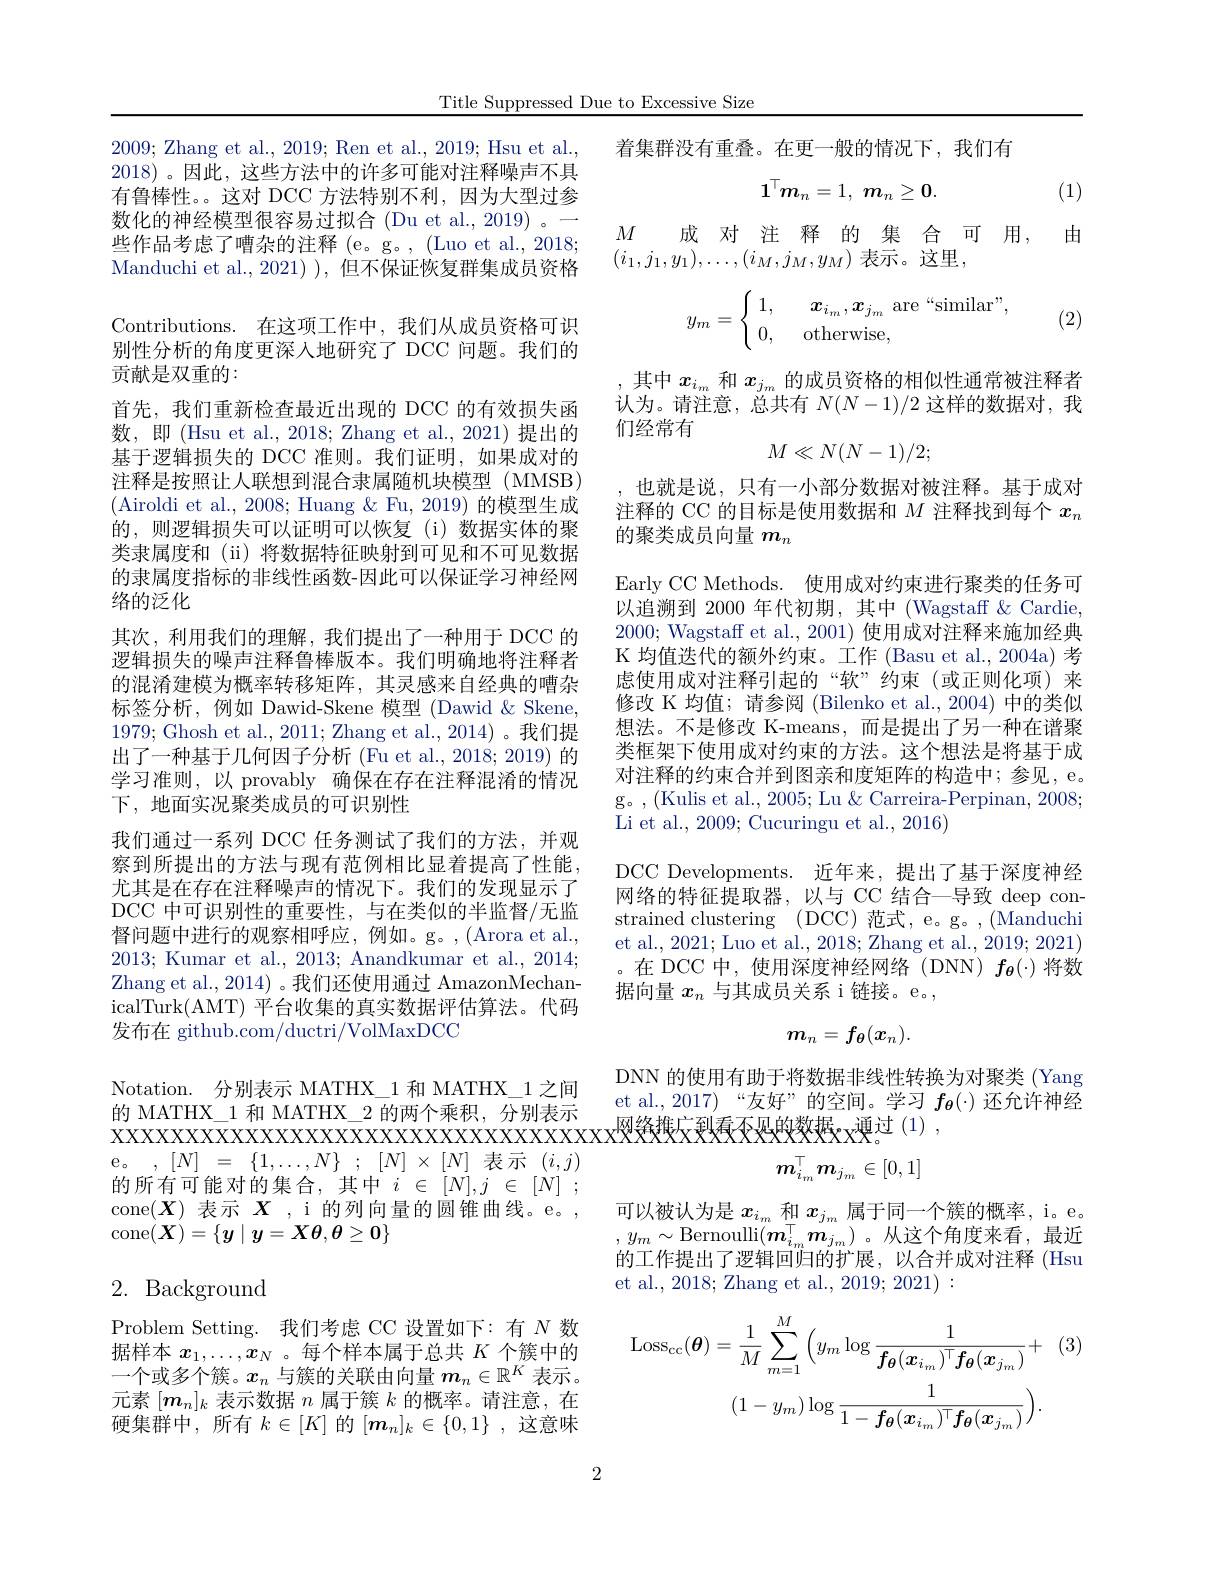
Title Suppressed Due to Excessive Size

2009; Zhang et al., 2019; Ren et al., 2019; Hsu et al., 2018)。因此，这些方法中的许多可能对注释噪声不具有鲁棒性。。这对 DCC 方法特别不利，因为大型过参数化的神经模型很容易过拟合(Du et al., 2019)。一些作品考虑了嘈杂的注释(e。g。,(Luo et al., 2018; Manduchi et al.,2021) ), 但不保证恢复群集成员资格Contributions.在这项工作中，我们从成员资格可识别性分析的角度更深入地研究了 DCC 问题。我们的贡献是双重的：
首先，我们重新检查最近出现的 DCC 的有效损失函数，即(Hsu et al., 2018; Zhang et al., 2021)提出的基于逻辑损失的 DCC 准则。我们证明，如果成对的注释是按照让人联想到混合隶属随机块模型 (MMSB) (Airoldi et al., 2008; Huang & Fu, 2019) 的模型生成的，则逻辑损失可以证明可以恢复(i)数据实体的聚类隶属度和(ii)将数据特征映射到可见和不可见数据的隶属度指标的非线性函数-因此可以保证学习神经网络的泛化
其次，利用我们的理解，我们提出了一种用于 DCC 的逻辑损失的噪声注释鲁棒版本。我们明确地将注释者的混淆建模为概率转移矩阵，其灵感来自经典的嘈杂标签分析，例如 Dawid-Skene 模型 (Dawid & Skene, 1979; Ghosh et al., 2011; Zhang et al., 2014)。我们提出了一种基于几何因子分析 (Fu et al., 2018; 2019) 的学习准则，以 provably 确保在存在注释混淆的情况下，地面实况聚类成员的可识别性
我们通过一系列 DCC 任务测试了我们的方法，并观察到所提出的方法与现有范例相比显着提高了性能， 尤其是在存在注释噪声的情况下。我们的发现显示了DCC 中可识别性的重要性，与在类似的半监督/无监督问题中进行的观察相呼应，例如。g。,(Arora et al., 2013; Kumar et al., 2013; Anandkumar et al., 2014; Zhang et al. , 2014)。我们还使用通过 AmazonMechanicalTurk(AMT) 平台收集的真实数据评估算法。代码发布在 github.com/ductri/VolMaxDCC
Notation. 分别表示 MATHX\_1 和 MATHX\_1 之间的 MATHX\_1 和 MATHX\_2 的两个乘积，分别表示$x\times x\times x\times x\times x\times x\times x\times x\times x\times x\times x$
e。$, [ N]$ = $\{ 1, \ldots , N\}$ ; $[ N] \times [ N]$表示 $( i, j)$ 的所有可能对的集合，其中$i\in[N],j\in[N];$ cone$(\boldsymbol X)$表示$\boldsymbol X$ ,i 的列向量的圆锥曲线。e。, cone$(\boldsymbol X)=\{y\mid\boldsymbol y=\boldsymbol X\theta,\boldsymbol{\theta}\geq\boldsymbol{0}\}$

# 2. Background

Problem Setting. 我们考虑 CC 设置如下：有$N$数据样本$x_1,\ldots,x_N$ 。每个样本属于总共$K$个簇中的一个或多个簇。$x_n$与簇的关联由向量$m_n\in\mathbb{R}^K$表示。元素$[m_n]_k$表示数据$n$属于簇$k$的概率。请注意，在硬集群中，所有$k\in[K]$的$[\boldsymbol{m}_n]_k\in\{0,1\}$,这意味

着集群没有重叠。在更一般的情况下，我们有
$$1^\top m_n=1,\:m_n\geq0.$$
(1)

$M$

由

成 对 注 释 的 集 合 可 用，
$(i_1,j_1,y_1),\ldots,(i_M,j_M,y_M)$ 表示。这里，
$$y_m=\begin{cases}\:1,\quad\boldsymbol{x}_{i_m},\boldsymbol{x}_{j_m}\:\text{are“similar”,}\\\:0,\quad\text{otherwise,}\end{cases}$$
(2)

,其中$x_{i_m}$和$x_{j_m}$的成员资格的相似性通常被注释者认为。请注意，总共有$N(N-1)/2$这样的数据对，我们经常有
$$M\ll N(N-1)/2;$$
也就是说，只有一小部分数据对被注释。基于成对注释的 CC 的目标是使用数据和$M$注释找到每个$x_n$ 的聚类成员向量$m_n$

Early CC Methods. 使用成对约束进行聚类的任务可以追溯到 2000 年代初期，其中 (Wagstaff $\&$ Cardie, 2000; Wagstaff et al., 2001) 使用成对注释来施加经典K 均值迭代的额外约束。工作 (Basu et al., 2004a) 考虑使用成对注释引起的“软”约束(或正则化项)来修改 K 均值；请参阅 (Bilenko et al., 2004) 中的类似想法。不是修改 K-means,而是提出了另一种在谱聚类框架下使用成对约束的方法。这个想法是将基于成对注释的约束合并到图亲和度矩阵的构造中；参见，e。g。, (Kulis et al., 2005; Lu & Carreira-Perpinan, 2008; Li et al., 2009; Cucuringu et al., 2016)
DCC Developments. 近年来，提出了基于深度神经$\hat{\text{网络的特征提取器，以与 CC 结合一导致 deep con-}}$ strained clustering (DCC) 范式，e。g。,(Manduch et al., 2021; Luo et al., 2018; Zhang et al., 2019; 2021) 。在 DCC 中，使用深度神经网络(DNN) $f_{\boldsymbol{\theta}}(\cdot)$将数据向量$x_n$与其成员关系 i 链接。e。,
$$m_n=f_\theta(x_n).$$
DNN 的使用有助于将数据非线性转换为对聚类 (Yang et al.,2017)“友好”的空间。学习$f_{\theta}(\cdot)$还允许神经网络推广到看不见的数据，通过 (1) ,
$$m_{i_m}^\top m_{j_m}\in[0,1]$$
可以被认为是$x_{i_m}$和$x_{j_m}$属于同一个簇的概率，i。e。$,y_{m}\sim$Bernoulli$(\boldsymbol m_{i_{m}}^{\top}\boldsymbol{m}_{j_{m}})$。从这个角度来看，最近的工作提出了逻辑回归的扩展，以合并成对注释 (Hsu et al., 2018; Zhang et al., 2019; 2021) :
$$\mathrm{Loss}_{\mathrm{cc}}(\boldsymbol{\theta})=\frac{1}{M}\sum_{m=1}^{M}\Big(y_{m}\log\frac{1}{\boldsymbol{f_{\theta}}(\boldsymbol{x_{i_{m}}})^{\top}\boldsymbol{f_{\theta}}(\boldsymbol{x_{j_{m}}})}+\\(1-y_{m})\log\frac{1}{1-\boldsymbol{f_{\theta}}(\boldsymbol{x_{i_{m}}})^{\top}\boldsymbol{f_{\theta}}(\boldsymbol{x_{j_{m}}})}\Big).$$
2